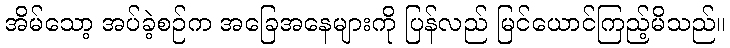
အိမ်သော့ အပ်ခဲ့စဉ်က အခြေအနေများကို ပြန်လည် မြင်ယောင်ကြည့်မိသည်။